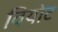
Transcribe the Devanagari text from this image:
वियोट